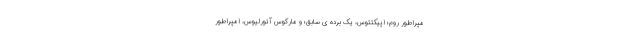
مپراطور روم؛ اپیکتتوس، یک برده ی سابق؛ و مارکوس آئورلیوس، امپراطور